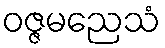
ဝဇ္ဇမညေသံ